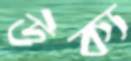
উক্য